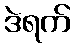
ဒဲရက်